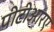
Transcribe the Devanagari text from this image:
पीटीआरए